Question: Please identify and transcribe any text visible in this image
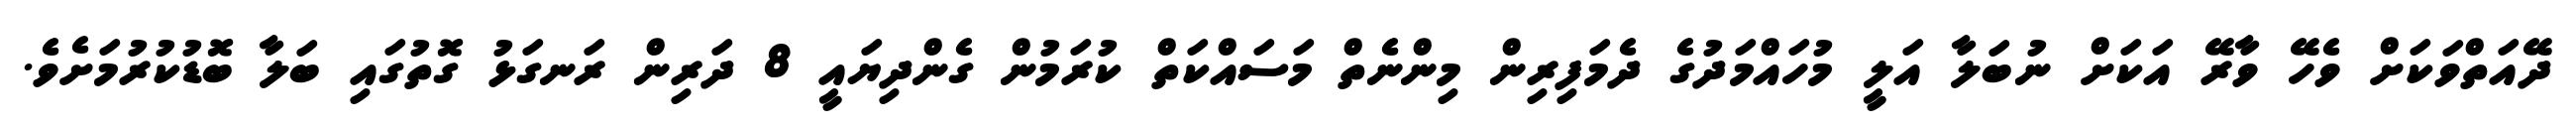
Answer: ދޭއަތްވަކަށް ވެހޭ ވާރޭ އަކަށް ނުބަލާ އަލީ މުހައްމަދުގެ ދެމަފިރިން މިންނެތް މަސައްކަތް ކުރަމުން ގެންދިޔައީ 8 ދަރިން ރަނގަޅު ގޮތުގައި ބަލާ ބޮޑުކުރުމަށެވެ.